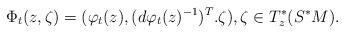
LaTeX: \begin{align*}\Phi_t(z,\zeta)=(\varphi_t(z),(d\varphi_t(z)^{-1})^T.\zeta), \zeta \in T^*_z(S^*M).\end{align*}